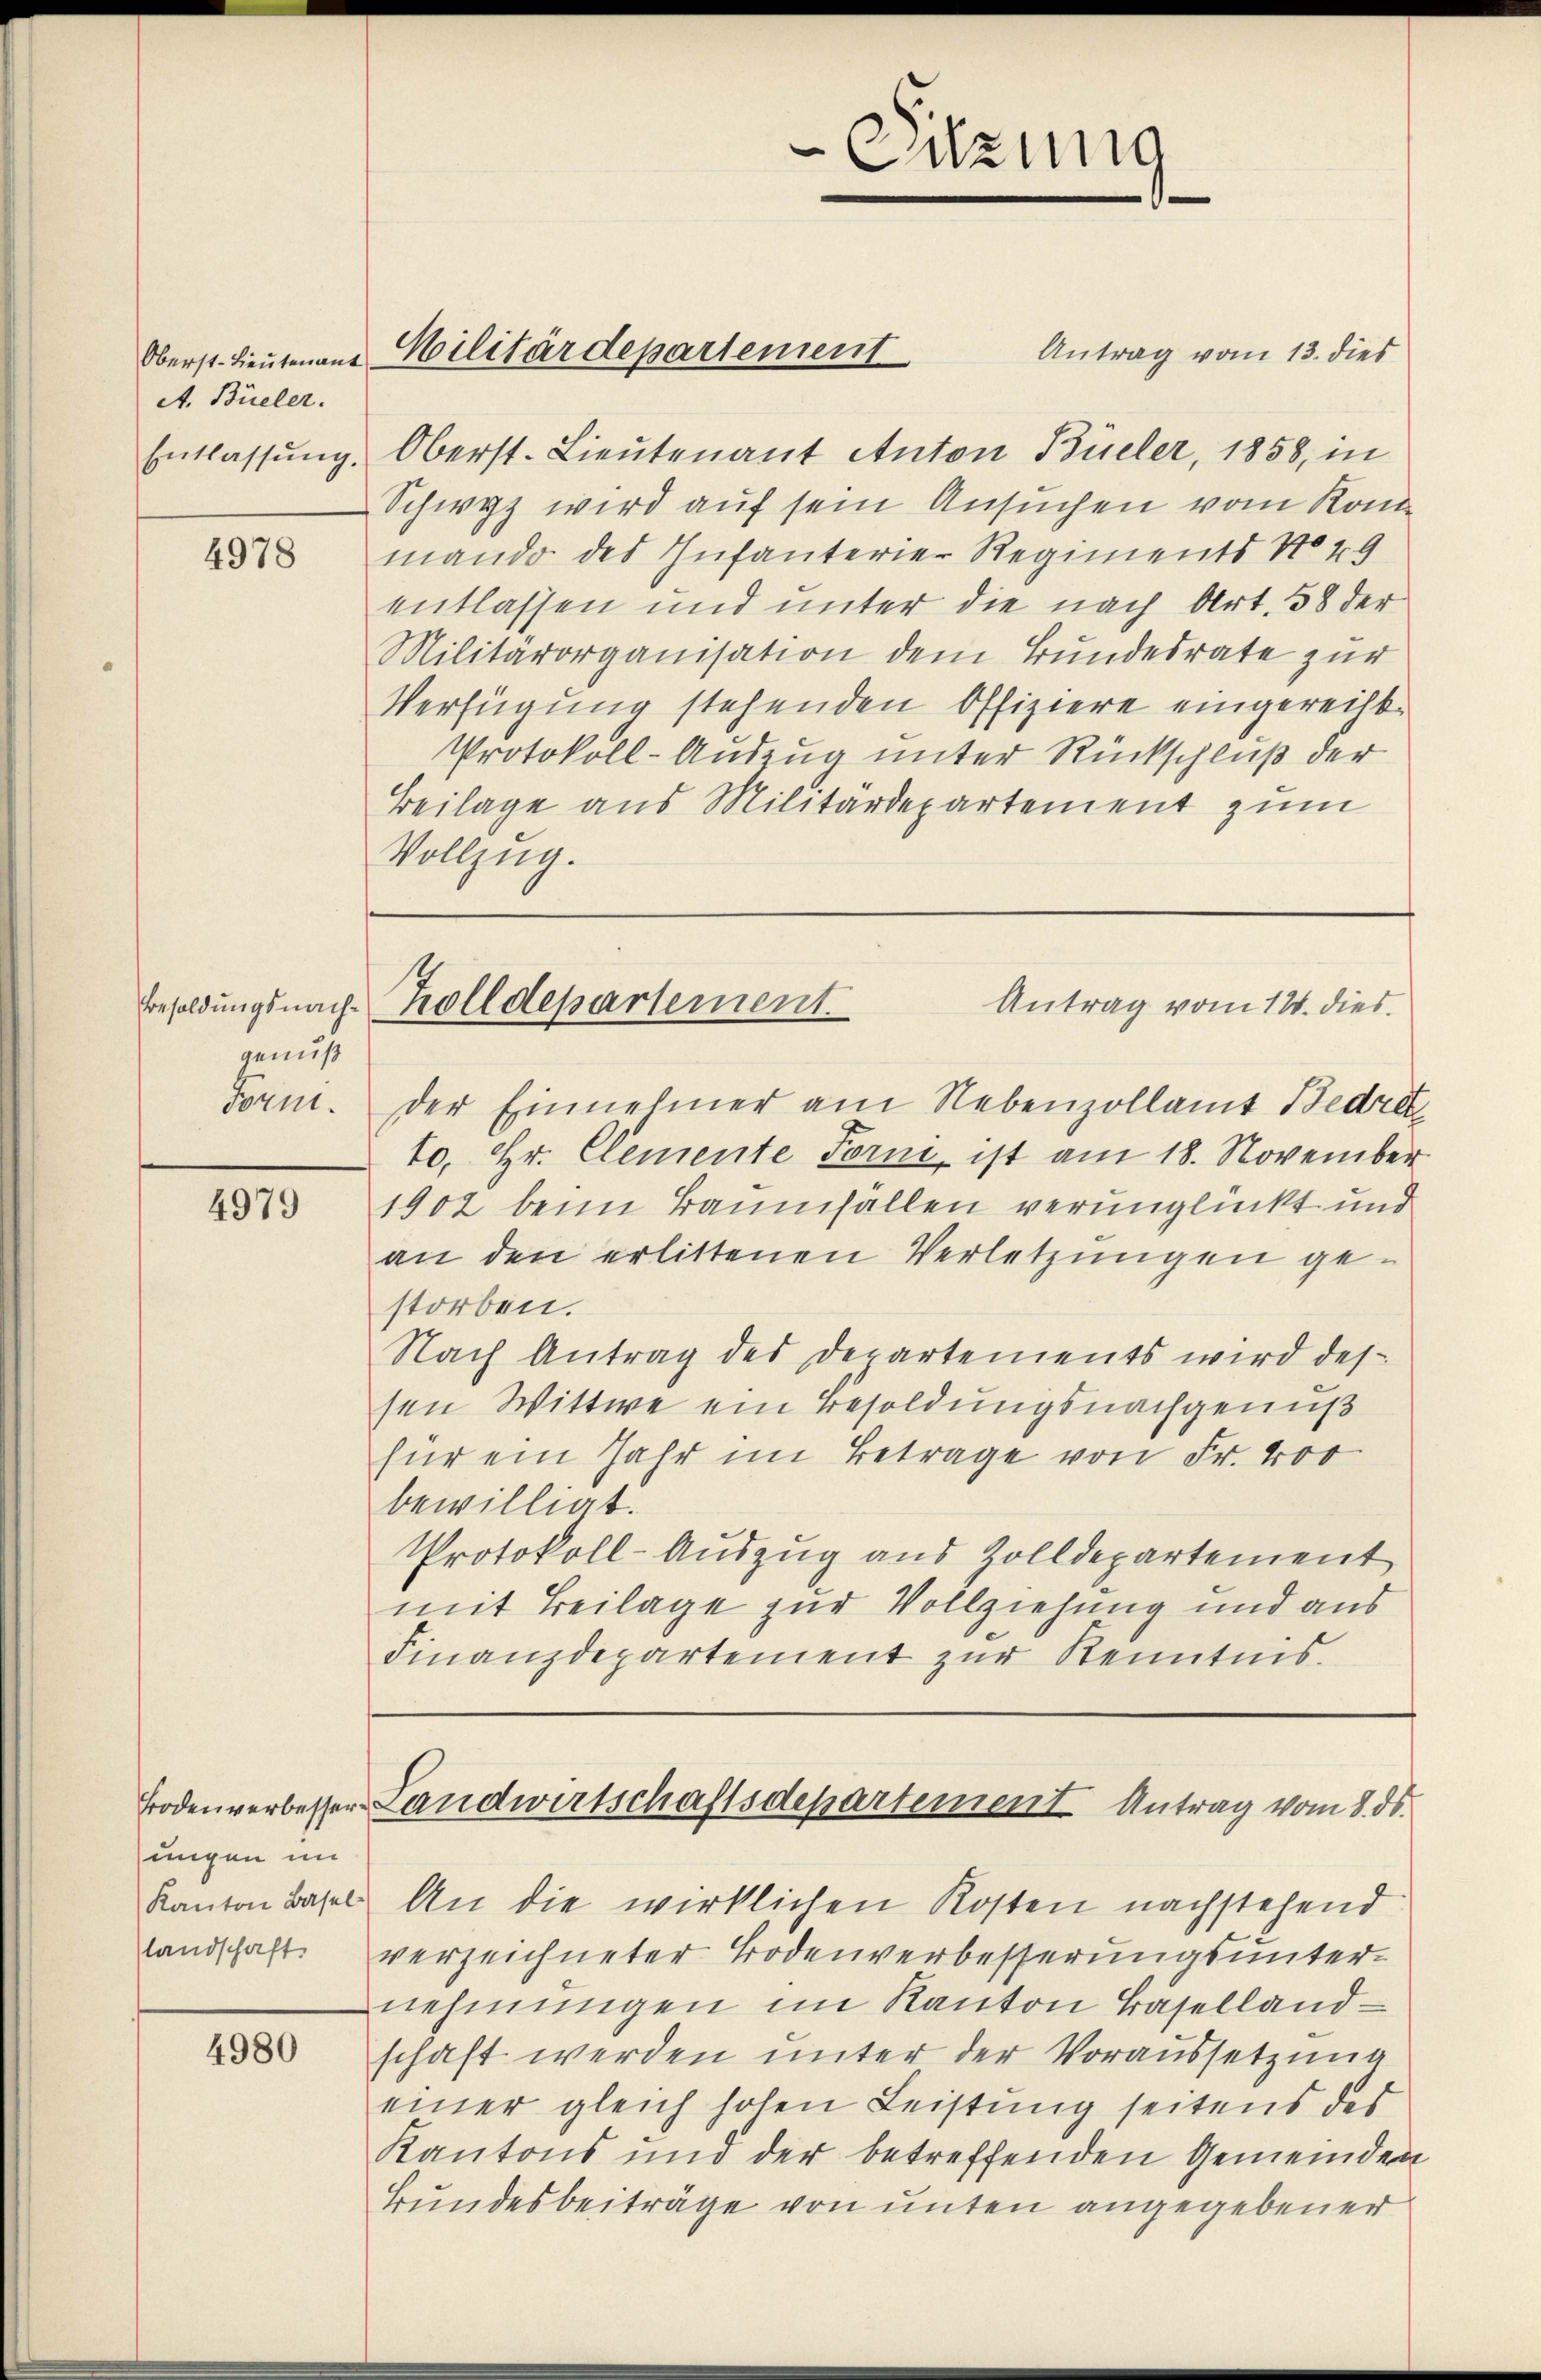
A. Büeler.

4978

genuß
Forni.

4979

sungen im
Kanton Basel
landschaft.

4980

Antrag vom 13. dies
Entlassŭng. Oberst- Lieŭtenant Anton Büeler, 1858, in
Schwyz wird auf sein Ansuchen vom Konmando des Infanterie-Regiments No 49
entlassen und unter die nach Art. 38 der
Militärorganisation dem Bundesrate zur
Verfügung stehenden Offiziere eingerecht¬
Protokoll-Auszug unter Rückschluß der
Beilage aus Militärdepartement zum
Vollzug.

Oberst. Lieutenaue Militärdepartement

der Einnehmer am Nebenzollamt Bedrek
10, Hr. Clemente Form ist am 18. November
1902 beim Baumfällen verunglückt und
an den erlittenen Verletzungen gestorben.
Nach Antrag des Departements wird des
sen Wittwe ein Besoldungsnachgenuß
für ein Jahr im Betrage von Fr. 400
bewilligt.
Protokoll-Auszug aus Zolldepartement
mit Beilage zur Vollziehung und aus
Finanzdepartement zur Kenntnis.

An die wirklichen Kosten nachstehend
verzeichneter Bodenverbesserungsunternehmungen im Kanton Baselland-
schaft werden unter der Voraussetzung
einer gleich hohen Leistung seitens des
Kantons und der betreffenden Gemeinden
Bundesbeiträge von unten angegebener

e
Citzung

Besoldungsnach Zolldepartement.
Antrag vom 14. dies

Bodenverbesser Landwirtschaftsdepartement Antrag vom 8. ds.